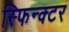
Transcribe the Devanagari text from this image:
स्फिन्क्टर